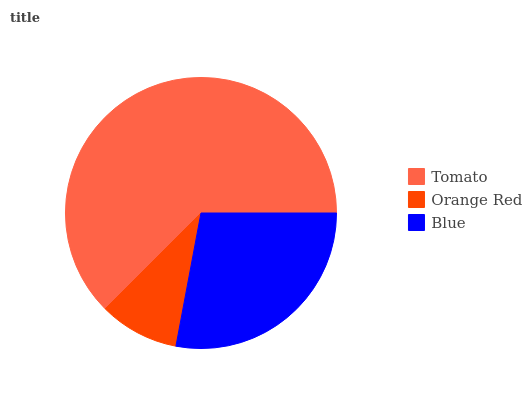
| Tomato | Orange Red | Blue |
 | --- | --- | --- |
 | 62.5% | 9.52% | 28% |